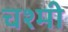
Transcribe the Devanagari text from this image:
चश्मी